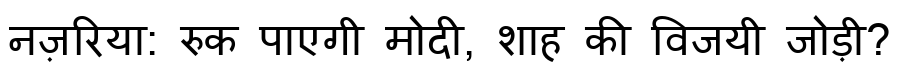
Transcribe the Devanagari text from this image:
नज़रिया: रुक पाएगी मोदी, शाह की विजयी जोड़ी?